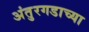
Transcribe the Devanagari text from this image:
अंतुरगडाच्या